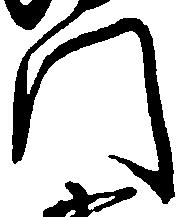
門